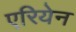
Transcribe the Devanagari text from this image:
एरियेन